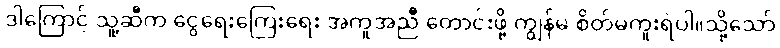
ဒါကြောင့် သူ့ဆီက ငွေရေးကြေးရေး အကူအညီ တောင်းဖို့ ကျွန်မ စိတ်မကူးရဲပါ။သို့သော်